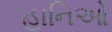
હાનિઓ